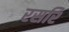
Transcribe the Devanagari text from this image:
रसरि